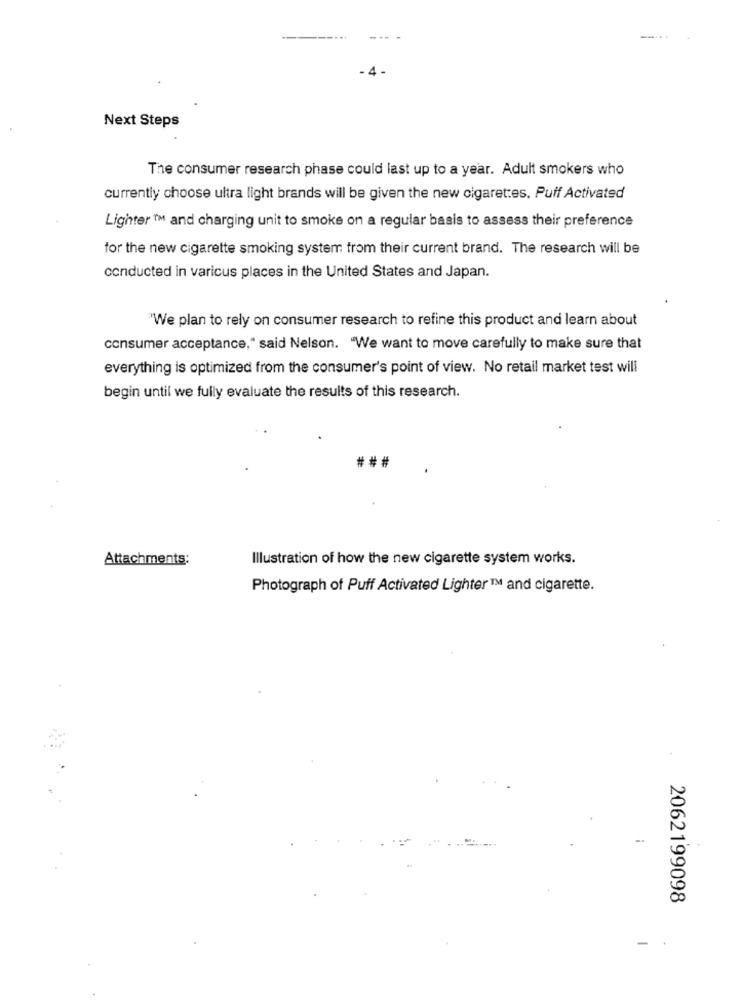
Next Steps
The consumer research phase could last up to a year. Adult smokers who
currently choose ultra light brands will be given the new cigarettes. Puff Activated
Lighter ™ and charging unit to smoke on a regular basis to assess their preference
for the new cigarette smoking system from their current brand. The research will be
conducted in varicus places in the United States and Japan.
"We plan to rely on consumer research to refine this product and learn about
consumer acceptance," said Nelson. "We want to move carefully to make sure that
everything is optimized from the consumer's point of view. No retail market test will
begin until we fully evaluate the results of this research.
Attachments:
Illustration of how the new cigarette system works.
Photograph of Puff Activated Lighter™ and cigarette.
-.
2062199098
-